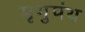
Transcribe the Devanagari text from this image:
मृगुपंथ